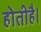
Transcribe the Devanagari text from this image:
होतीहै।